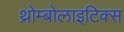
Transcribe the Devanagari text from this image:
थ्रोम्बोलाइटिक्स